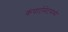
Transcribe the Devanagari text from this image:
कंपार्टमेंटमध्ये